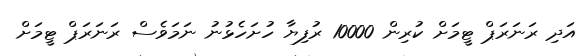
އަދި ރަނަރަޕް ޓީމަށް ކުރިން 10000 ރުފިޔާ ހުށަހެޅުނު ނަމަވެސް ރަނަރަޕް ޓީމަށް